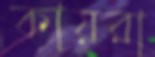
কায়রা